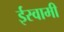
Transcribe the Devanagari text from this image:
ईस्वामी